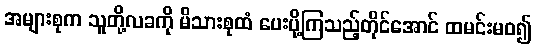
အများစုက သူတို့လခကို မိသားစုထံ ပေးပို့ကြသည့်တိုင်အောင် ထမင်းမဝ၍